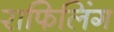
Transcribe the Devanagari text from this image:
राफिलिंग